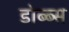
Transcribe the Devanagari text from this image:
डोब्ब्स